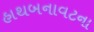
હાથબનાવટના